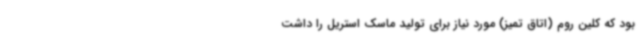
بود که کلین روم (اتاق تمیز) مورد نیاز برای تولید ماسک استریل را داشت